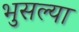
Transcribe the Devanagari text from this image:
भुसल्या